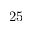
2 5